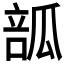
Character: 𤬃